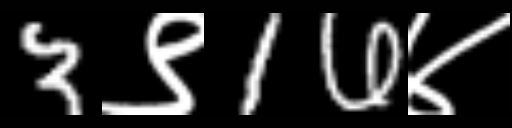
Text: 3९16४